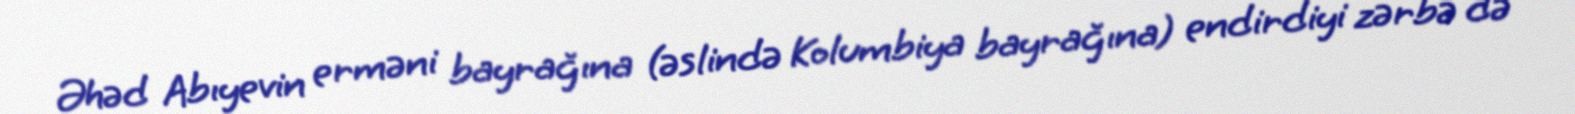
Əhəd Abıyevin erməni bayrağına (əslində Kolumbiya bayrağına) endirdiyi zərbə də